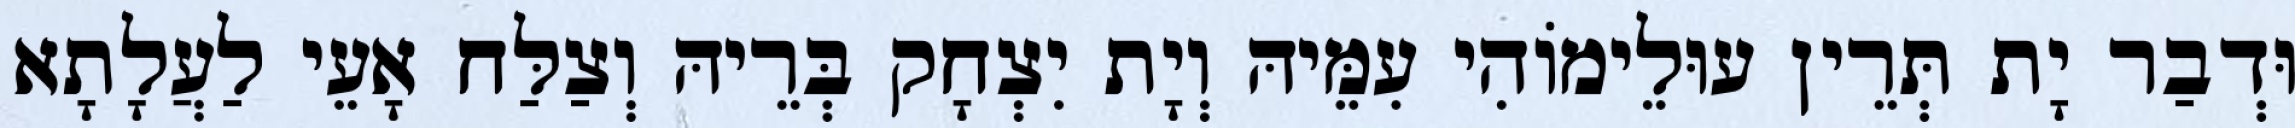
וּדְבַר יָת תְּרֵין עוּלֵימוֹהִי עִמֵּיהּ וְיָת יִצְחָק בְּרֵיהּ וְצַלַּח אָעֵי לַעֲלָתָא